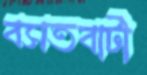
বসতবাটী